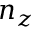
n _ { z }